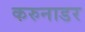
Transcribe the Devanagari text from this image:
करुनाडर